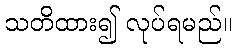
သတိထား၍ လုပ်ရမည်။